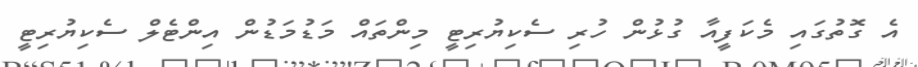
އެ ގޮތުގައި މެކަފީއާ ގުޅުން ހުރި ސެކިޔުރިޓީ މިންތައް މަޑުމަޑުން އިންޓެލް ސެކިޔުރިޓީ